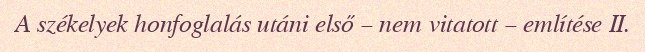
A székelyek honfoglalás utáni első – nem vitatott – említése II.